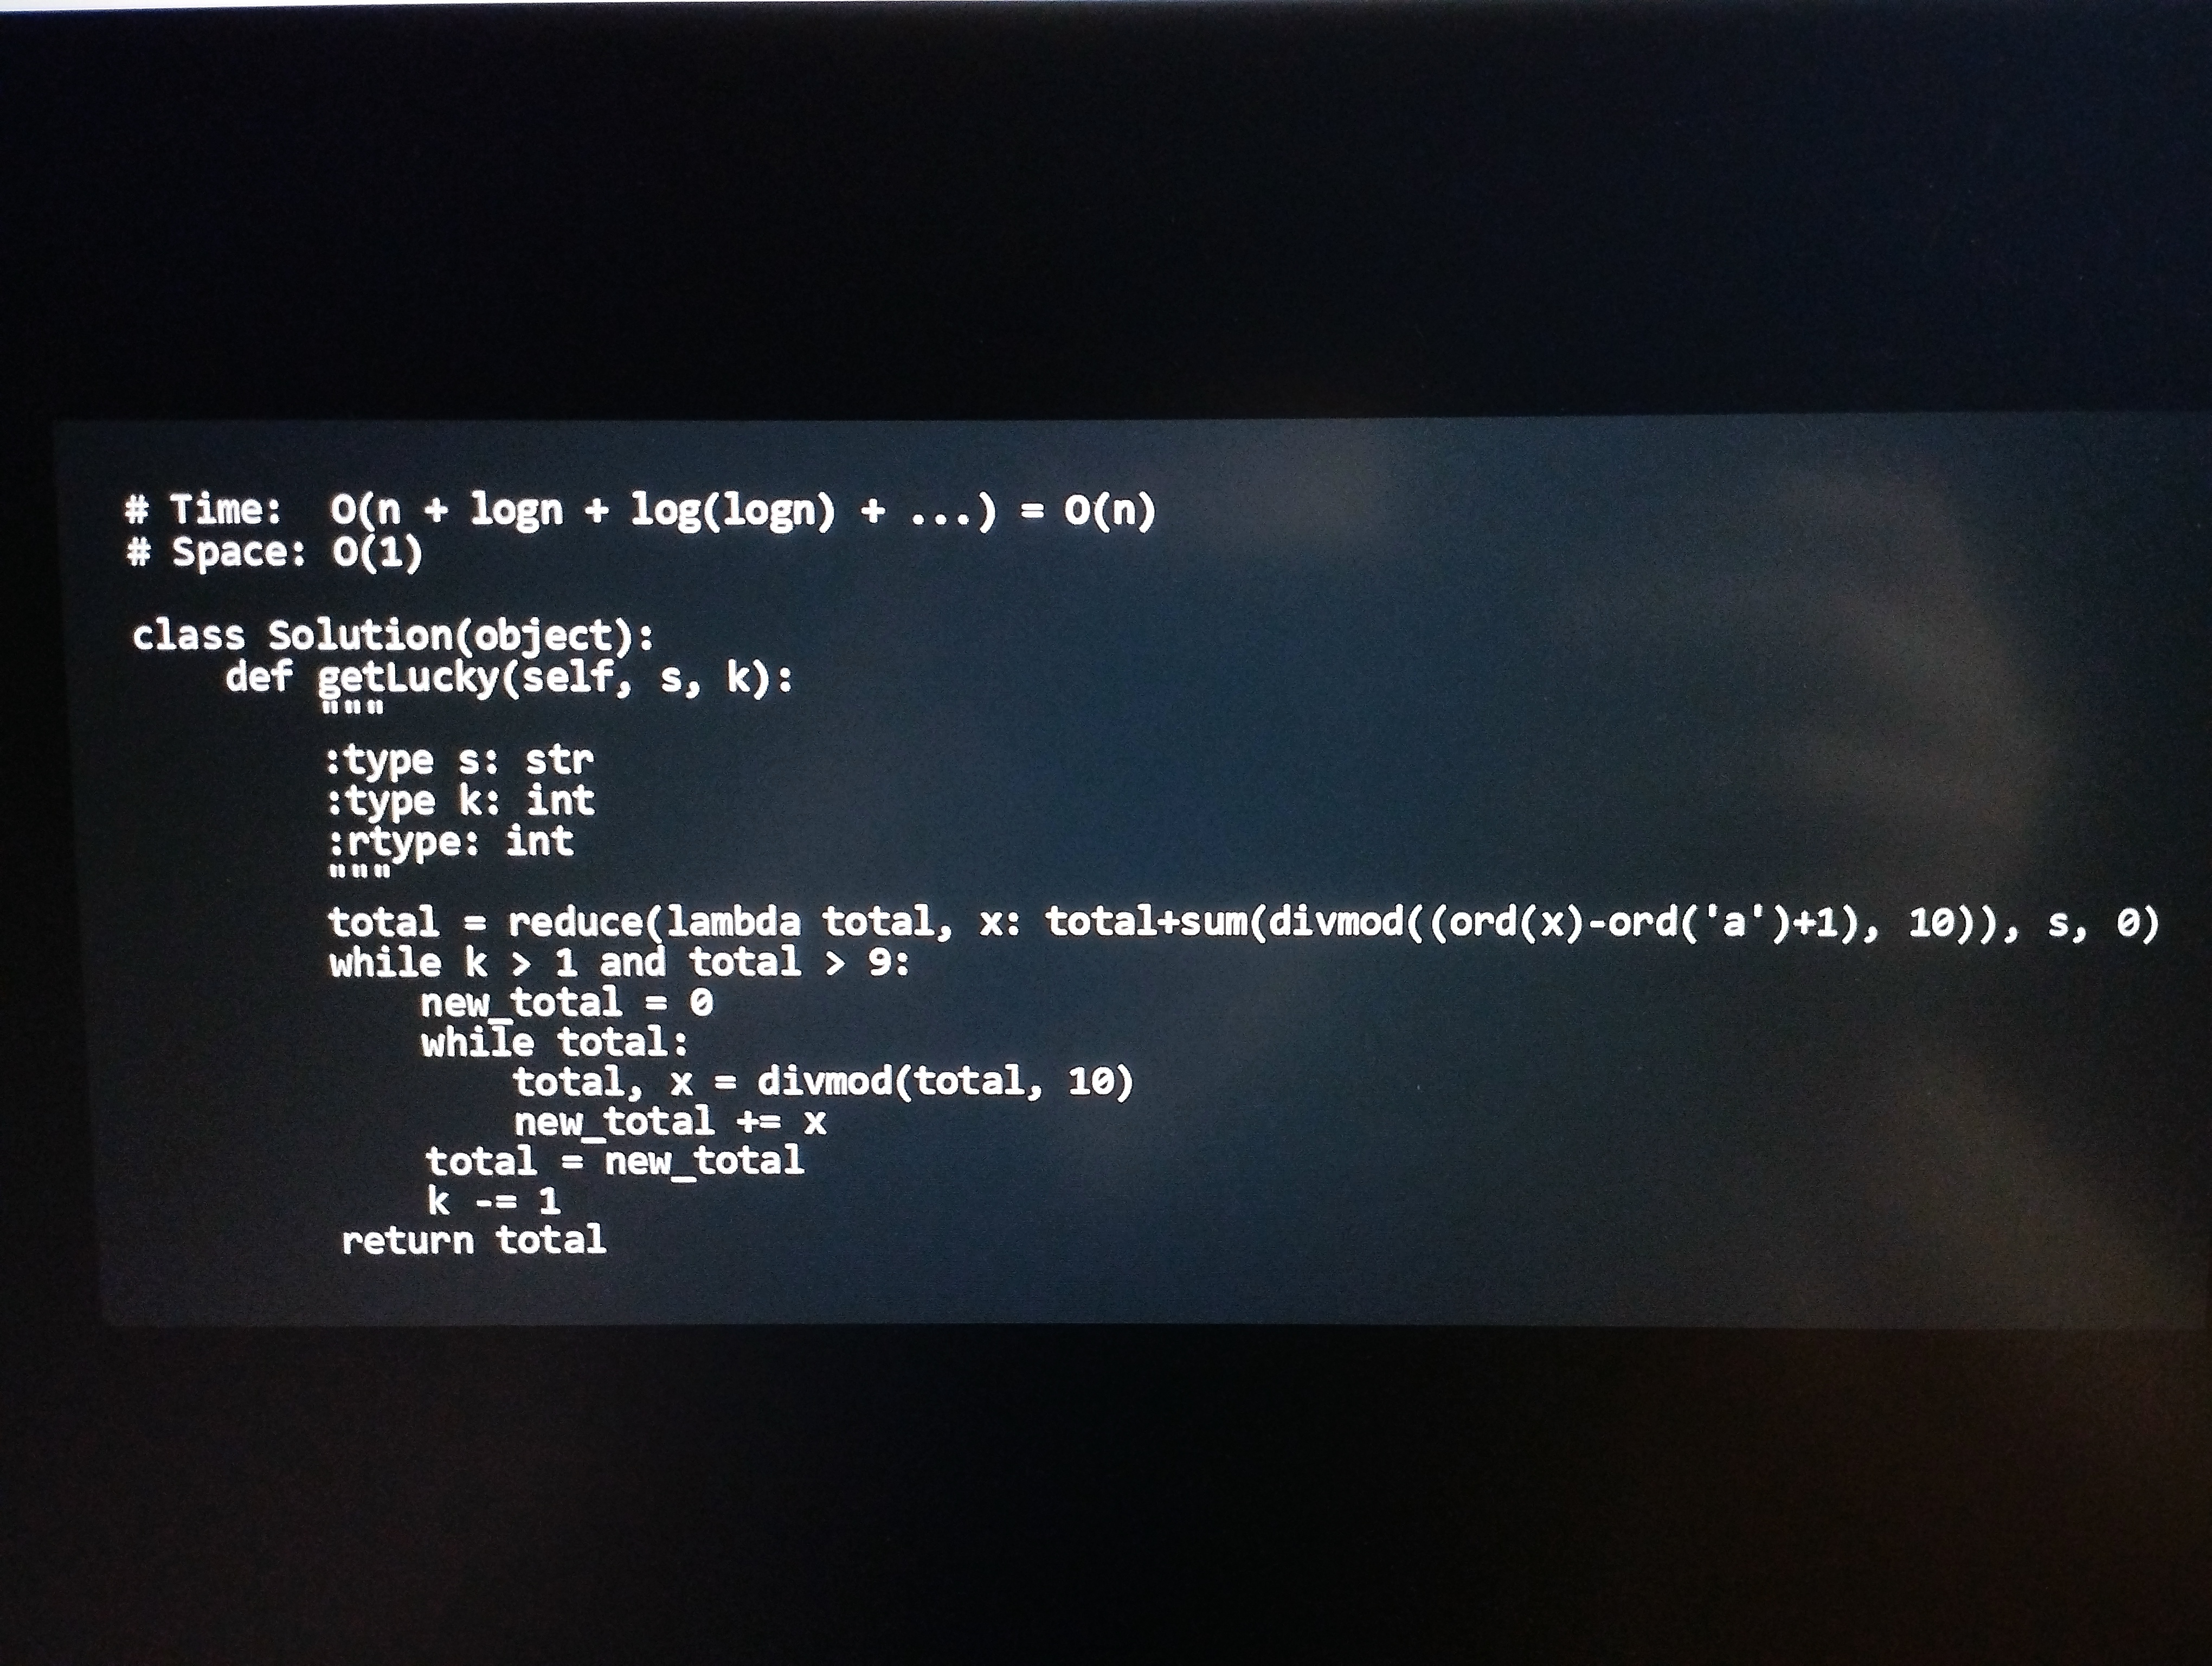
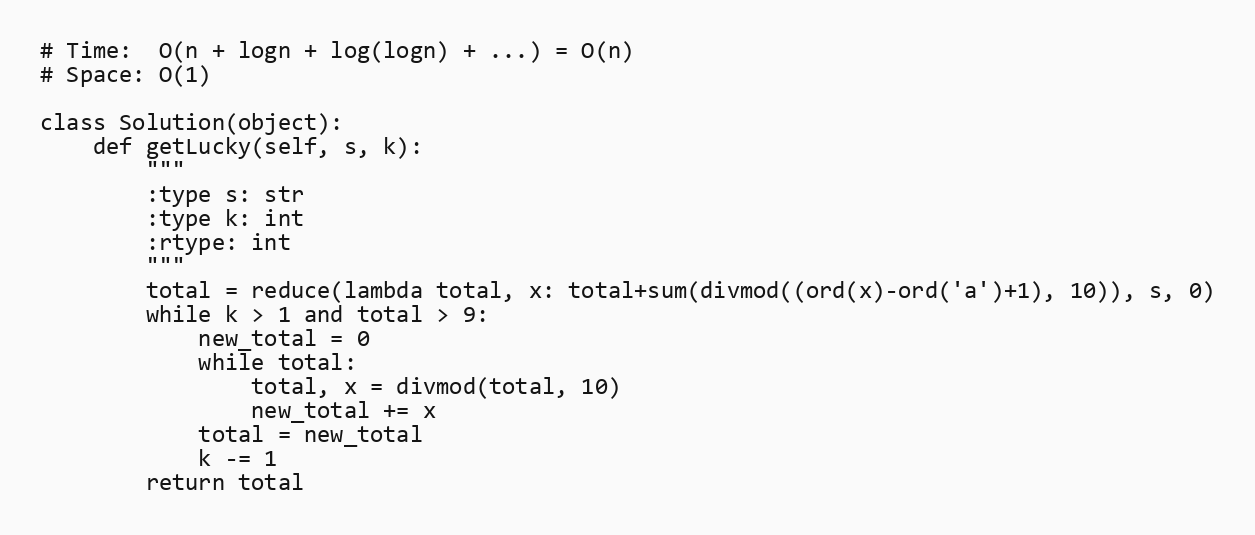
# Time:  O(n + logn + log(logn) + ...) = O(n)
# Space: O(1)

class Solution(object):
    def getLucky(self, s, k):
        """
        :type s: str
        :type k: int
        :rtype: int
        """
        total = reduce(lambda total, x: total+sum(divmod((ord(x)-ord('a')+1), 10)), s, 0)
        while k > 1 and total > 9:
            new_total = 0
            while total:
                total, x = divmod(total, 10)
                new_total += x
            total = new_total
            k -= 1
        return total